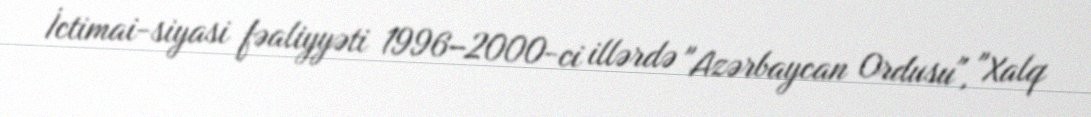
İctimai-siyasi fəaliyyəti 1996–2000-ci illərdə "Azərbaycan Ordusu", "Xalq